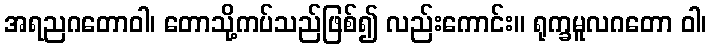
အရညဂတောဝါ၊ တောသို့ကပ်သည်ဖြစ်၍ လည်းကောင်း။ ရုက္ခမူလဂတော ဝါ၊